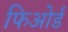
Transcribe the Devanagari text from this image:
फिओर्ड